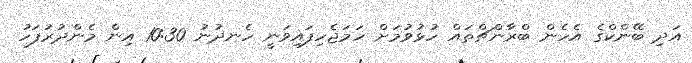
އަދި ބޭންކްގެ އެހެން ބްރާންޗްތައް ހުޅުވުމަށް ހަމަޖެހިފައިވަނީ ހެނދުނު 10:30 އިން މެންދުރުފަހު